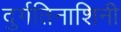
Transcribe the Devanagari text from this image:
दुर्गतिनाशिनी